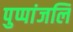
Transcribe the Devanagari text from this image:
पुप्पांजलि